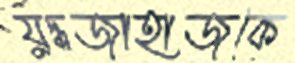
যুদ্ধজাহাজকে